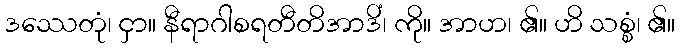
ဒဿေတုံ၊ ငှာ။ နီရာဂါစရတီတိအာဒိံ၊ ကို။ အာဟ၊ ၏။ ဟိ သစ္စံ၊ ၏။